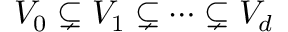
V _ { 0 } \subsetneq V _ { 1 } \subsetneq \cdots \subsetneq V _ { d }